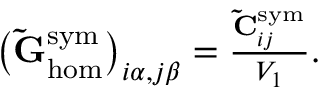
\begin{array} { r } { \left( \mathbf { \tilde { G } } _ { \mathrm { h o m } } ^ { \mathrm { s y m } } \right) _ { i \alpha , j \beta } = \frac { \mathbf { \tilde { C } } _ { i j } ^ { \mathrm { s y m } } } { V _ { 1 } } . } \end{array}